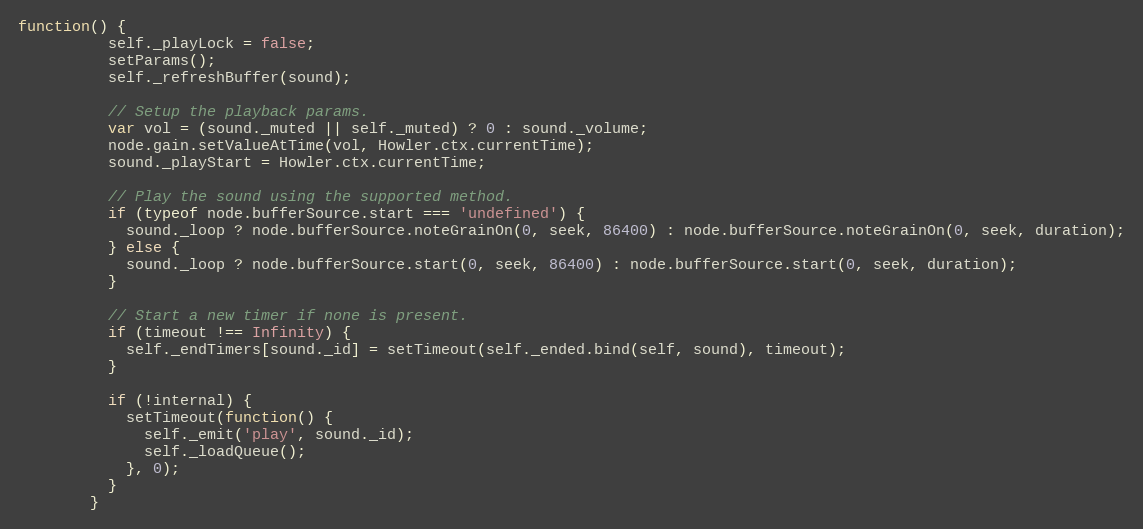
Language: JavaScript
function() {
          self._playLock = false;
          setParams();
          self._refreshBuffer(sound);

          // Setup the playback params.
          var vol = (sound._muted || self._muted) ? 0 : sound._volume;
          node.gain.setValueAtTime(vol, Howler.ctx.currentTime);
          sound._playStart = Howler.ctx.currentTime;

          // Play the sound using the supported method.
          if (typeof node.bufferSource.start === 'undefined') {
            sound._loop ? node.bufferSource.noteGrainOn(0, seek, 86400) : node.bufferSource.noteGrainOn(0, seek, duration);
          } else {
            sound._loop ? node.bufferSource.start(0, seek, 86400) : node.bufferSource.start(0, seek, duration);
          }

          // Start a new timer if none is present.
          if (timeout !== Infinity) {
            self._endTimers[sound._id] = setTimeout(self._ended.bind(self, sound), timeout);
          }

          if (!internal) {
            setTimeout(function() {
              self._emit('play', sound._id);
              self._loadQueue();
            }, 0);
          }
        }